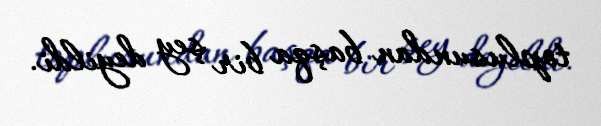
toplusundan başqa bir şey deyildi.